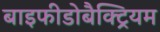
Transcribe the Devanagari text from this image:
बाइफीडोबैक्ट्रियम